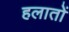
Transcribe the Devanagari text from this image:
हलातों